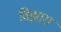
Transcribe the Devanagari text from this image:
विझारा